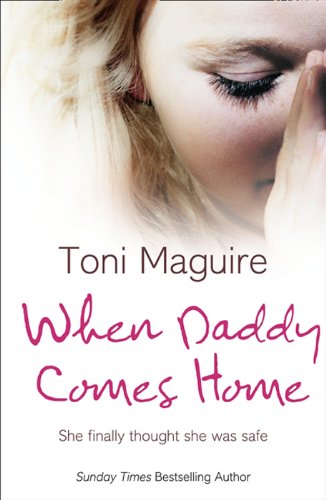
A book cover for When Daddy Comes Home; Toni Maguire; Biographies & Memoirs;